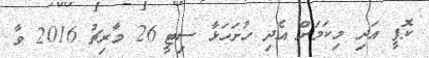
ކޮޕީ އަދި މިކަމަށް އެދި ހުށަހަޅާ ސިޓީ 26 މާރިޗު 2016 ވާ